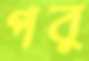
পর্